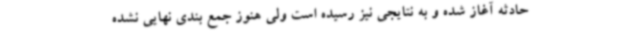
حادثه آغاز شده و به نتایجی نیز رسیده است ولی هنوز جمع بندی نهایی نشده